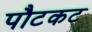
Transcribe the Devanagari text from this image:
पौटकट